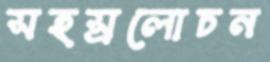
সহস্রলোচন